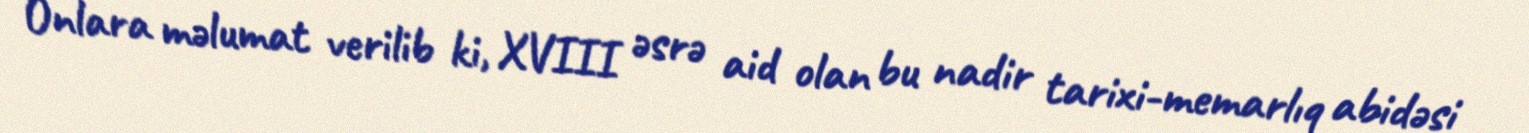
Onlara məlumat verilib ki, XVIII əsrə aid olan bu nadir tarixi-memarlıq abidəsi